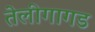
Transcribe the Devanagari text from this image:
तेलीगागड